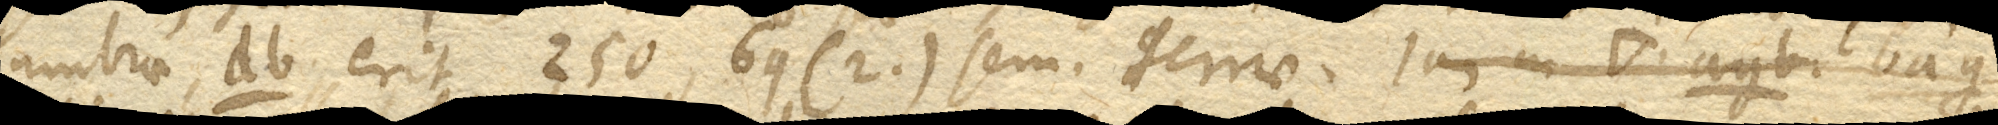
umbrae db. erit 250,69 (2.) sem. terrae. Jam in angle agb. bag.